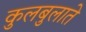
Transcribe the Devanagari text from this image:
कुलबुलाते